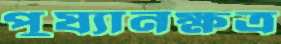
পুষ্যানক্ষত্র